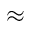
\approx